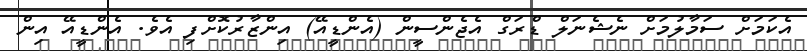
އެކަމަށް ސަމާލުމަށް ނެޝެނަލް ޑްރަގް އެޖެންސީން (އެންޑީއޭ) އިންޒާރުކޮށްފި އެވެ. އެންޑީއޭ އިން